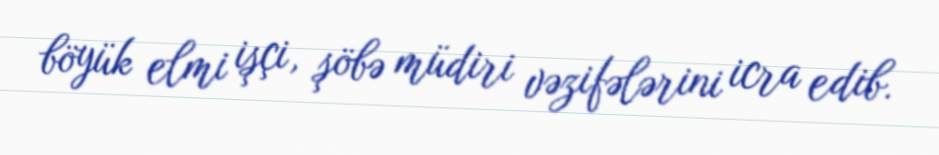
böyük elmi işçi, şöbə müdiri vəzifələrini icra edib.